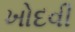
ખોદવી